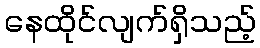
နေထိုင်လျက်ရှိသည့်